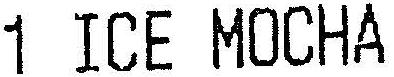
1 ICE MOCHA